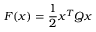
F ( x ) = { \frac { 1 } { 2 } } x ^ { T } Q x